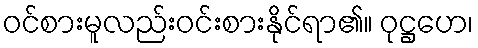
ဝင်စားမူလည်းဝင်းစားနိုင်ရာ၏။ ဝုဋ္ဌဟေ၊